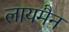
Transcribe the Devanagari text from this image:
लायमैन